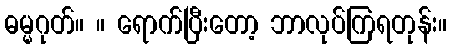
ဓမ္မဂုတ်။ ။ ရောက်ပြီးတော့ ဘာလုပ်ကြရတုန်း။